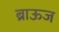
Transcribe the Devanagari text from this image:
ब्राऊज